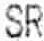
SR